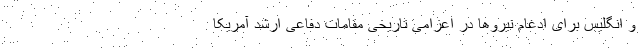
و انگلیس برای ادغام نیروها در اعزامی تاریخی مقامات دفاعی ارشد آمریکا